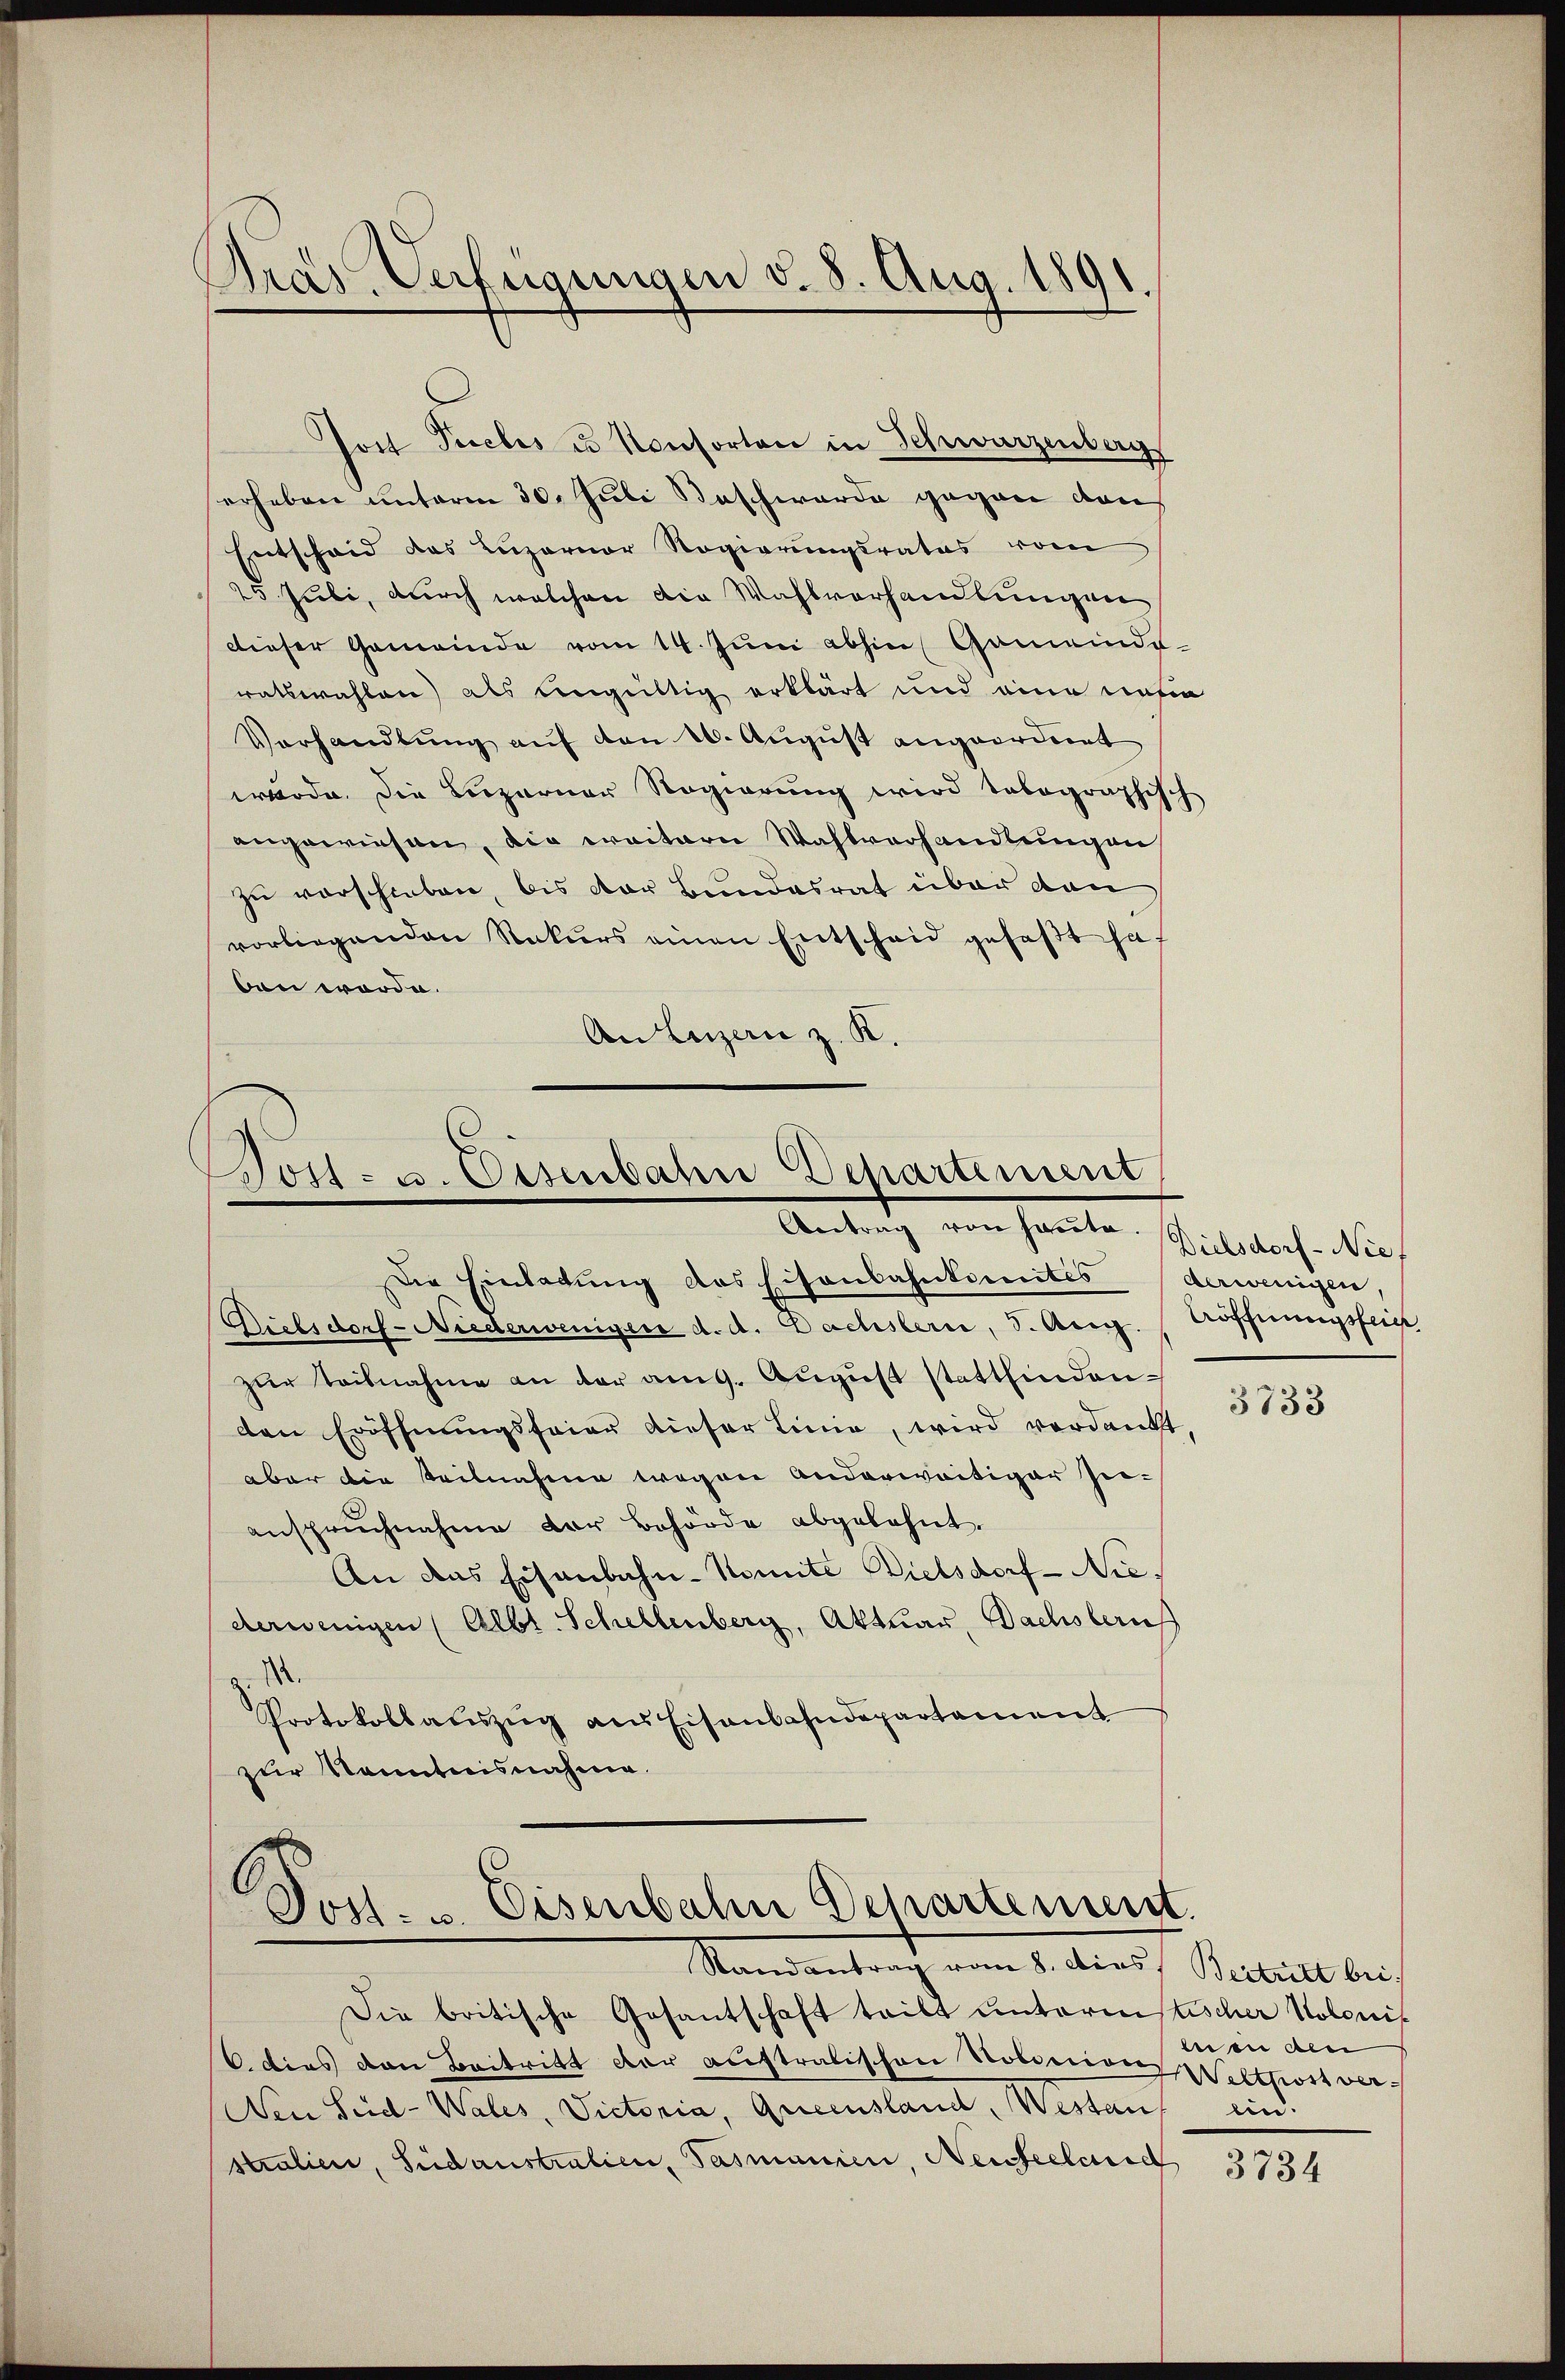
Gras Verfügungen v. 8. Aug. 1891.

Jost Peccles u Konsorten in Schwarzenberg
erheben unterm 30. Juli Beschwerde gegen von
Entscheid des Luzerner Regierungsrates vom
25 Juli, durch welchen die Wahlvorhandlungen
dieser Gemeinde vom 14. Jŭni abhin Gemeinde-
ratswahlen) als ungültig erklärt und eine unsen
Verhandlung auf den 10. August angeordnet
wurde. Die Luzerner Regierung wird tobographisch
angewiesen, die weitere Wahlvorhandlungen
zu verschieben, bis der Bundesrat über dan
vorliegenden Rekurs einen Entscheid gefaßt hat
ben worde.
An Luzern z. K.

Bost- u. Eisenbahn Departement
Antrath von heute. Wildbache Sich
Die Einladung des Eisenbahnkomites (derwenigen,

Dielsdorf-Niederwenigen d. d. Dachstern, S. Aug. Aöffnungsfein
zur Teilnahme an der am 9. August stattfindenden Eröffnungsfeier dieser Linie, wird verdankt,
aber die Teilnahme wegen anderweitiger hieanspruchnahme der Behörde abgelehnt.
An das Eisenbahn-Komite Vielsdorf-Niederwenigen (Albt. Schellenberg, Aktuar, Bachslauf
1
Protokollaŭszŭg ans Eisenbahndepartement
zur Kenntnisnahme.

Jost. u. Eisenbahn Departement.
Randantrag vom 8. dies Beitritt bei.

Die britische Gesantschaft teilt untermistischer Kolonis
6. dies den Beitritt der australischen Nolinien Welttost ver
Den Seid-Wales, Victoria, Queensland, Westan
Stralien, Südaustralien, Pasmanien, Neuseelausch

3733

e in den
ein.

3734